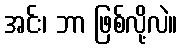
အင်း၊ ဘာ ဖြစ်လို့လဲ။